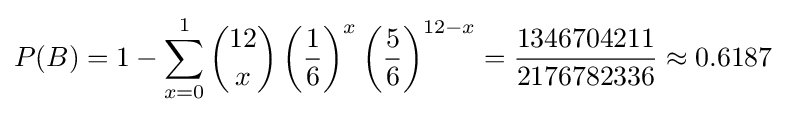
P(B)=1-\sum _{x=0}^{1}{\binom {12}{x}}\left({\frac {1}{6}}\right)^{x}\left({\frac {5}{6}}\right)^{12-x}={\frac {1346704211}{2176782336}}\approx 0.6187